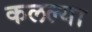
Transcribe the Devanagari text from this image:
कलल्या